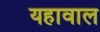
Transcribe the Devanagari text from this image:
यहावाल